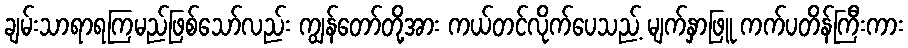
ချမ်းသာရာရကြမည်ဖြစ်သော်လည်း ကျွန်တော်တို့အား ကယ်တင်လိုက်ပေသည့် မျက်နှာဖြူ ကက်ပတိန်ကြီးကား